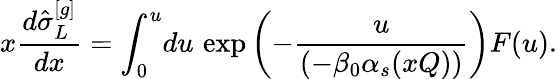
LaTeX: x\frac{d\hat{\sigma}_{L}^{[g]}}{dx}=\int_{0}^{u}\! du\, \exp\left(-\frac{u}{(-\beta_{0}\alpha_{s}(xQ))}\right)F(u).